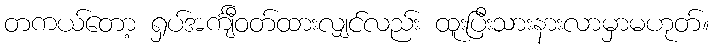
တကယ်တော့ ရှပ်အင်္ကျီဝတ်ထားလျှင်လည်း ထူးပြီးသားနားလာမှာမဟုတ်။